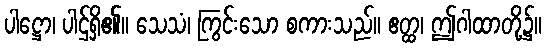
ပါဋ္ဌော၊ ပါဌ်ရှိ၏။ သေသံ၊ ကြွင်းသော စကားသည်။ ဧတ္ထ၊ ဤဂါထာတို့၌။